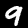
Label: 9